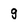
Character: g